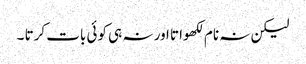
لیکن نہ نام لکھواتا اور نہ ہی کوئی بات کرتا ۔